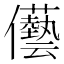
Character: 𠑢